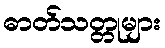
ဓာတ်သတ္တုများ